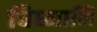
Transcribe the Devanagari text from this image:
विघ्नानि